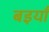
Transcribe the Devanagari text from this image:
बइयाँ